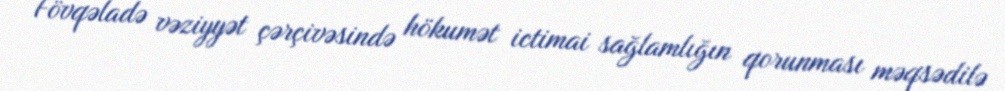
Fövqəladə vəziyyət çərçivəsində hökumət ictimai sağlamlığın qorunması məqsədilə